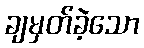
ချမှတ်ခဲ့သော